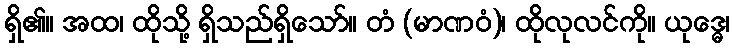
ရှိ၏။ အထ၊ ထိုသို့ ရှိသည်ရှိသော်။ တံ (မာဏဝံ)၊ ထိုလုလင်ကို။ ယုဒ္ဓေ၊